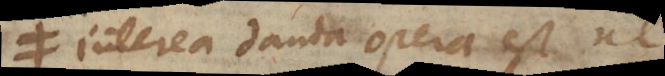
Interea danda opera est ne